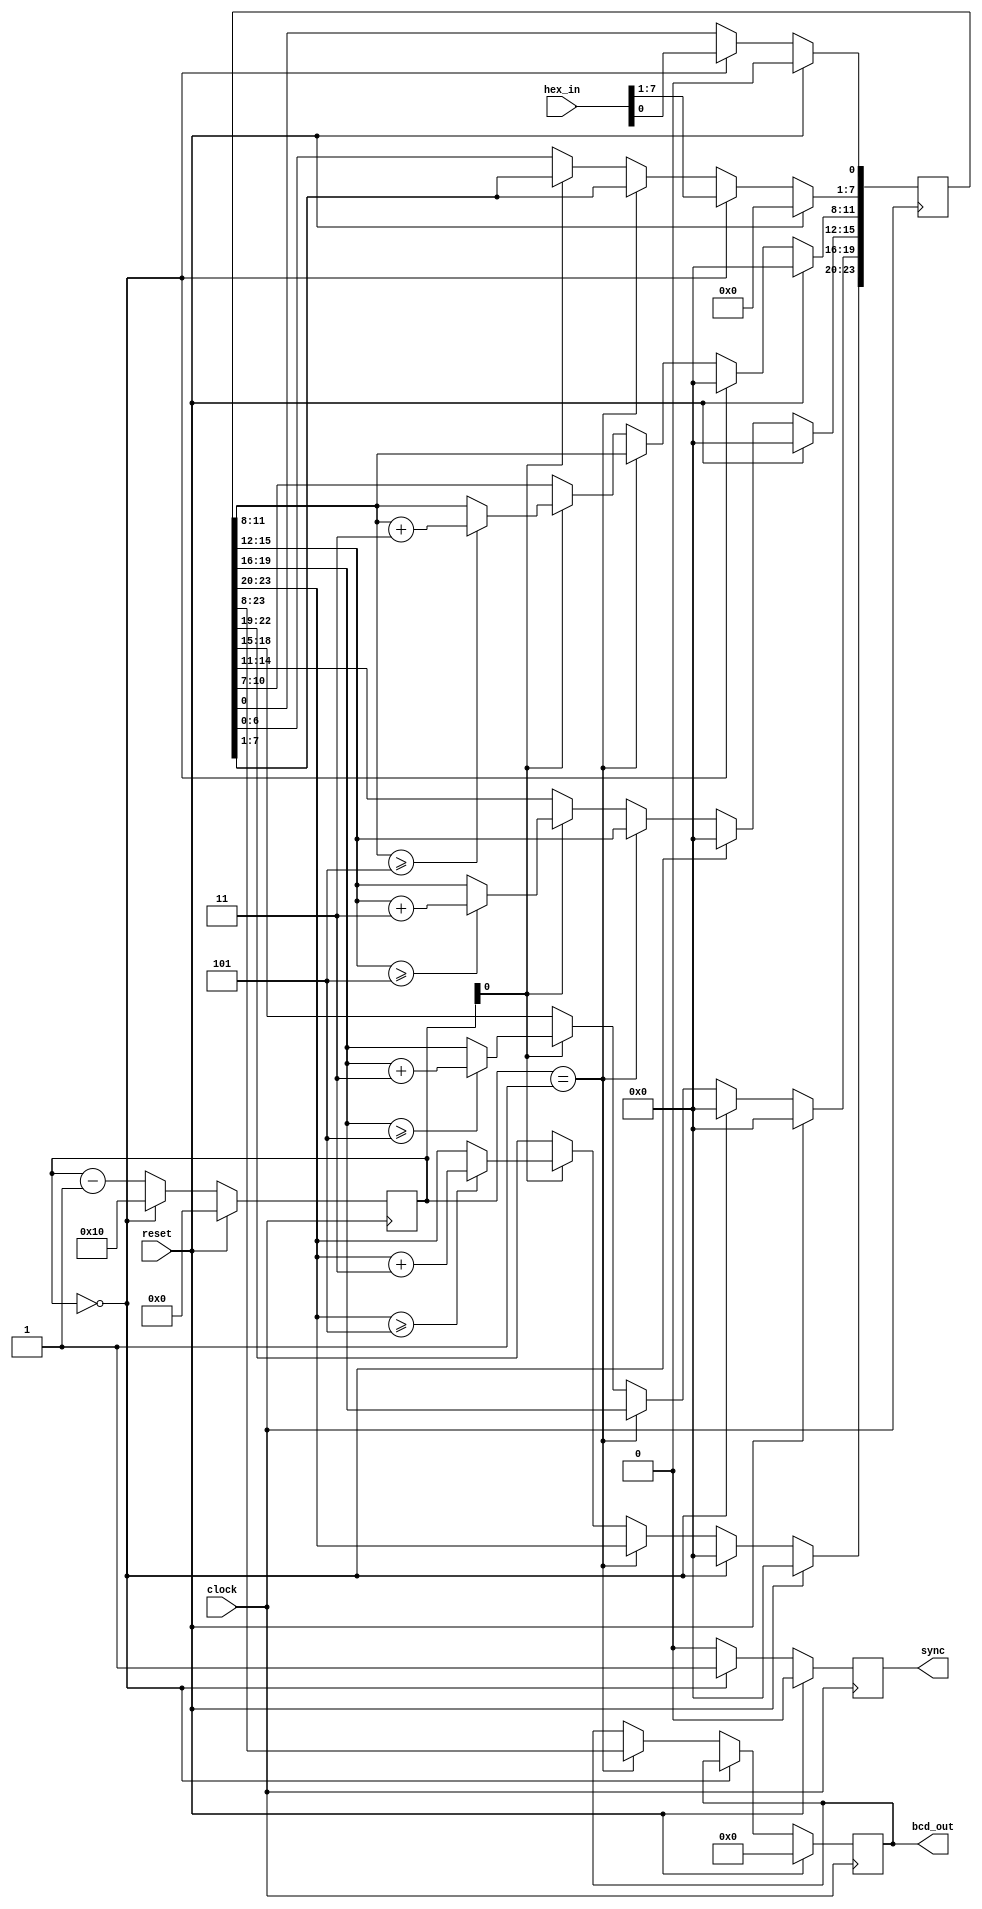
// This program was cloned from: https://github.com/mzandrew/hdl
// License: GNU General Public License v3.0

// written 2018-06-29 by mza
// originally from file mza-test003.double-dabble.v
// updated 2020-05-29 by mza
// last updated 2021-02-05 by mza

// implemented after watching computerphile video https://www.youtube.com/watch?v=eXIfZ1yKFlA
// 0x0000000f (1) :         15  (2)
// 0x000000ff (2) :        255  (3)
// 0x00000fff (3) :       4095  (4)
// 0x0000ffff (4) :      65535  (5)
// 0x000fffff (5) :    1048575  (7)
// 0x00ffffff (6) :   16777215  (8)
// 0x0fffffff (7) :  268435455  (9)
// 0xffffffff (8) : 4294967295 (10)
// so INPUT_SIZE_IN_NYBBLES + 2 should be enough...

module hex2bcd #(
	parameter INPUT_SIZE_IN_NYBBLES = 2,
	parameter INPUT_SIZE_IN_BITS = INPUT_SIZE_IN_NYBBLES*4,
	parameter OUTPUT_SIZE_IN_BITS = INPUT_SIZE_IN_BITS + 8
) (
	input clock,
	input reset,
	input [INPUT_SIZE_IN_BITS-1:0] hex_in,
	output reg sync = 0,
	output reg [OUTPUT_SIZE_IN_BITS-1:0] bcd_out = 0
);
	localparam total_size_in_bits = INPUT_SIZE_IN_BITS + OUTPUT_SIZE_IN_BITS;
	reg [total_size_in_bits-1:0] shift_register = 0; // size of input plus size of output
	reg [INPUT_SIZE_IN_BITS-1:0] bit_counter = 0;
	integer offset = 0;
	always @(posedge clock) begin
		sync <= 0;
		if (reset) begin
			bcd_out <= 0;
			bit_counter <= 0;
			shift_register <= 0;
		end else begin
			if (bit_counter == 0) begin // bit_counter is 0
				bit_counter <= (INPUT_SIZE_IN_BITS << 1); // should be 16
				shift_register[INPUT_SIZE_IN_BITS-1:0] <= hex_in; // lower part
				shift_register[total_size_in_bits-1:INPUT_SIZE_IN_BITS] <= 0; // upper part
				sync <= 1'b1;
			end else if (bit_counter == 1) begin // bit_counter is 1
				bit_counter <= bit_counter - 1'b1;
				bcd_out <= shift_register[total_size_in_bits-1:INPUT_SIZE_IN_BITS]; // upper part
			end else begin
				if (bit_counter[0] == 0) begin // bit_counter is 18,16,14,12,10,8,6,4,2
					bit_counter <= bit_counter - 1'b1;
					shift_register[total_size_in_bits-1:1] <= shift_register[total_size_in_bits-2:0];
				end else begin // bit_counter is 17,15,13,11,9,7,5,3
					bit_counter <= bit_counter - 1'b1;
//					shift_register[0] <= 0; // not necessary because it ends before dealing with these
					for (offset = 0; offset < OUTPUT_SIZE_IN_BITS; offset = offset + 4) begin
						if (shift_register[INPUT_SIZE_IN_BITS+offset+:4] >= 5) begin
							shift_register[INPUT_SIZE_IN_BITS+offset+:4] <= shift_register[INPUT_SIZE_IN_BITS+offset+:4] + 3; // add 3 to the nybble if >= 5; input nybble can be at most 4'b0111 because of being shifted in one bit at a time, so the result can be 4'b1010 at most which doesn't overflow
						end
					end
				end
			end
		end
	end
endmodule // hex2bcd

`ifndef SYNTHESIS
module hex2bcd_tb;
	wire [23:0] bcd;
	reg [15:0] data = 0;
	reg reset = 1;
	reg clock = 0;
	wire sync;
	hex2bcd #(.INPUT_SIZE_IN_NYBBLES(4)) h2binst (.clock(clock), .reset(reset), .hex_in(data), .bcd_out(bcd), .sync(sync));
	task automatic wait_for_sync;
		begin
			@(posedge sync);
//			wait (sync==1);
		end
	endtask
	initial begin
		data <= 16'd54321;
		#100;
		reset <= 0;
		wait_for_sync;
		wait_for_sync;
		$display("%t %04d, %06x", $time, data, bcd);
		#100;
		data <= 16'd12345;
		wait_for_sync;
		wait_for_sync;
		$display("%t %04d, %06x", $time, data, bcd);
		#100;
		data <= 16'd55555;
		wait_for_sync;
		wait_for_sync;
		$display("%t %04d, %06x", $time, data, bcd);
		#100;
		$finish;
	end
	always begin
		#0.5;
		clock = ~clock;
	end
endmodule // hex2bcd_tb
`endif